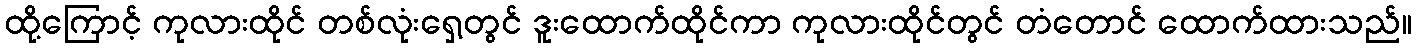
ထို့ကြောင့် ကုလားထိုင် တစ်လုံးရှေ့တွင် ဒူးထောက်ထိုင်ကာ ကုလားထိုင်တွင် တံတောင် ထောက်ထားသည်။